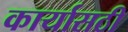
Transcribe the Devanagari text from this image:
कार्यासठी